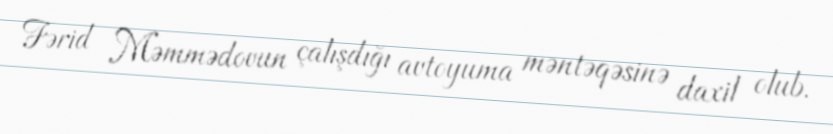
Fərid Məmmədovun çalışdığı avtoyuma məntəqəsinə daxil olub.